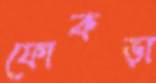
ফোকড়া